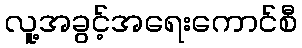
လူ့အခွင့်အရေးကောင်စီ